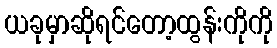
ယခုမှာဆိုရင်တော့ထွန်းကိုကို